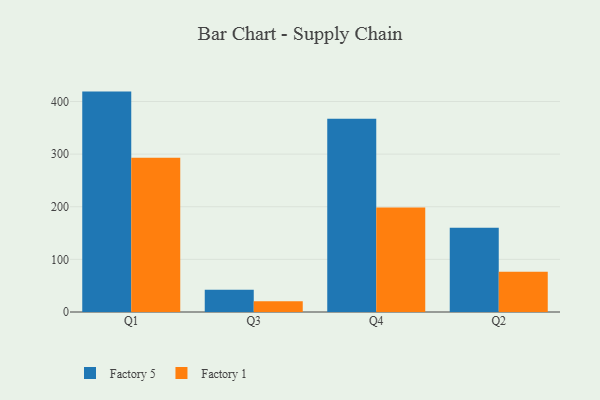
{"axis": {"x": "Quarter", "y": "Energy Usage (MWh)"}, "legend": ["Factory 1", "Factory 5"], "data": [{"x": "Q1", "y": 418.8, "type": "Factory 5"}, {"x": "Q1", "y": 292.9, "type": "Factory 1"}, {"x": "Q3", "y": 42.1, "type": "Factory 5"}, {"x": "Q3", "y": 20.2, "type": "Factory 1"}, {"x": "Q4", "y": 367.4, "type": "Factory 5"}, {"x": "Q4", "y": 198.4, "type": "Factory 1"}, {"x": "Q2", "y": 160.2, "type": "Factory 5"}, {"x": "Q2", "y": 76.5, "type": "Factory 1"}]}